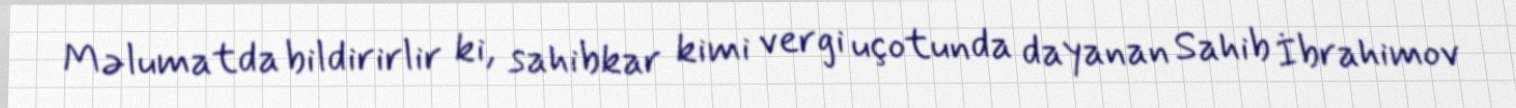
Məlumatda bildirirlir ki, sahibkar kimi vergi uçotunda dayanan Sahib İbrahimov